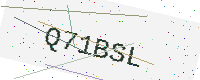
Text: Q71BSL